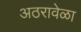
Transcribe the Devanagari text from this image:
अठरावेळा